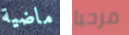
ماضية مرحبا